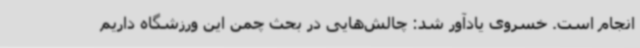
انجام است. خسروی یادآور شد: چالش‌هایی در بحث چمن این ورزشگاه داریم